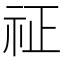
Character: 𥘺